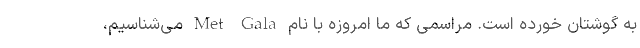
به گوشتان خورده است. مراسمی که ما امروزه با نام Met Gala می‌شناسیم،